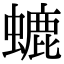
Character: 螰